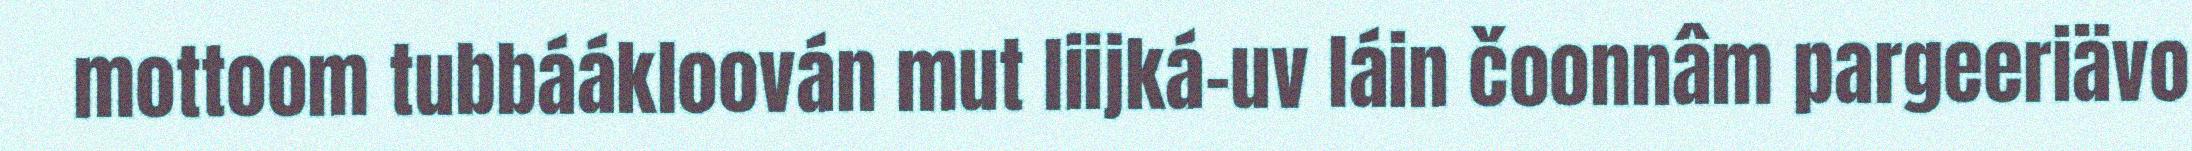
mottoom tubbáákloován mut liijká-uv láin čoonnâm pargeeriävo